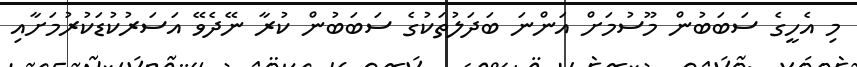
މި އެހީގެ ސަބަބުން މޫސުމަށް އަންނަ ބަދަލުތަކުގެ ސަބަބުން ކުރާ ނޭދެވޭ އަސަރުކުޑަކުރުމަށާއި